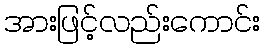
အားဖြင့်လည်းကောင်း